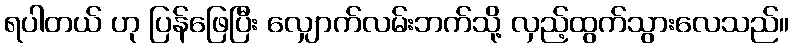
ရပါတယ် ဟု ပြန်ဖြေပြီး လျှောက်လမ်းဘက်သို့ လှည့်ထွက်သွားလေသည်။